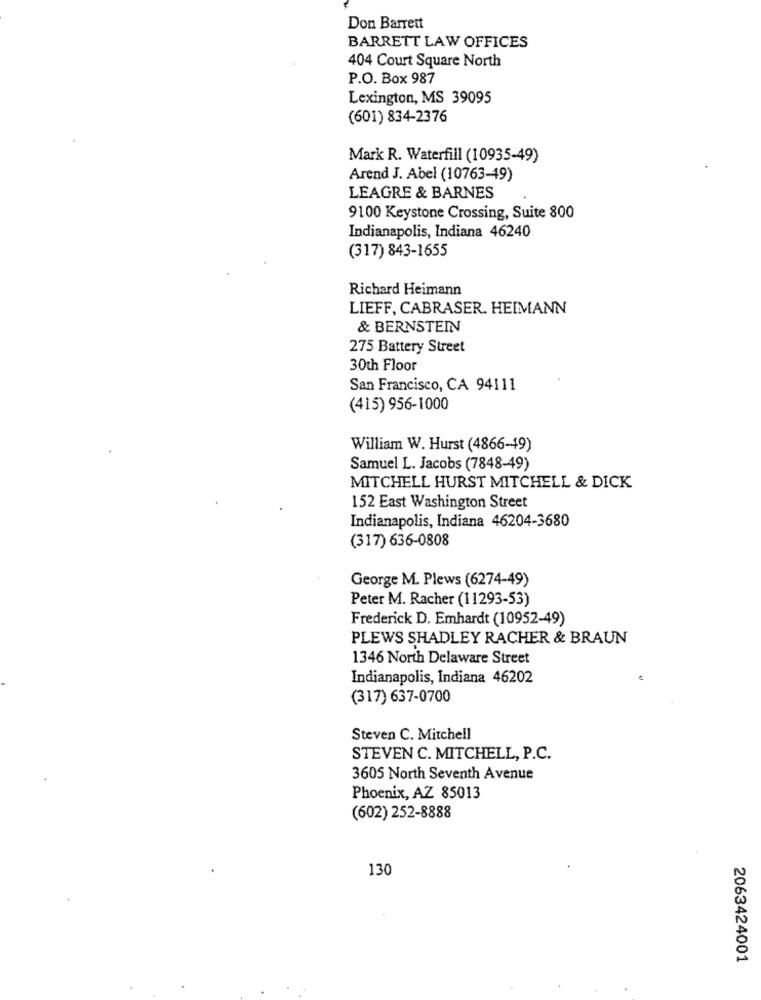
Don Barrett
BARRETT LAW OFFICES
404 Court Square North
P.O. Box 987
Lexington, MS 39095
(601) 834-2376
Mark R. Waterfill (10935-49)
Arend J. Abel (10763-49)
LEAGRE & BARNES
9100 Keystone Crossing, Suite 800
Indianapolis, Indiana 46240
(317) 843-1655
Richard Heimann
LIEFF, CABRASER. HEIMANN
& BERNSTEIN
275 Battery Street
30th Floor
San Francisco, CA 94111
(415) 956-1000
William W. Hurst (4866-19)
Samuel L. Jacobs (7848-49)
MITCHELL HURST MITCHELL & DICK
152 East Washington Street
Indianapolis, Indiana 46204-3680
(317) 636-0808
George M. Plews (6274-49)
Peter M. Racher (11293-53)
Frederick D. Emhardt (10952-49)
PLEWS SHADLEY RACHER & BRAUN
1346 North Delaware Street
Indianapolis, Indiana 46202
(317) 637-0700
Steven C. Mitchell
STEVEN C. MITCHELL, P.C.
3605 North Seventh Avenue
Phoenix, AZ 85013
(602) 252-8888
130
2063424001